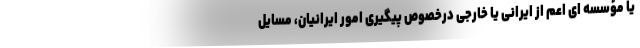
یا مؤسسه ای اعم از ایرانی یا خارجی درخصوص پیگیری امور ایرانیان، مسایل